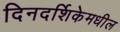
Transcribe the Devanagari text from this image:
दिनदर्शिकेमधील